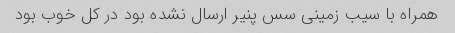
همراه با سیب زمینی سس پنیر ارسال نشده بود در کل خوب بود